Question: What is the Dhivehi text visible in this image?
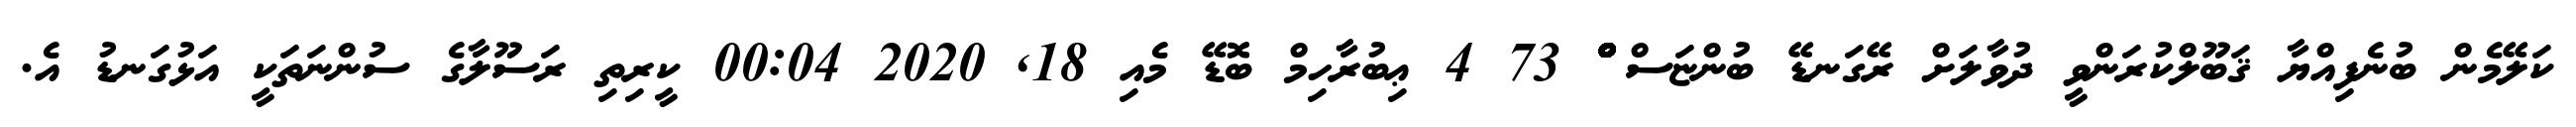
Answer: ކަލޭމެން ބުނެފިއްޔާ ޤަބޫލްކުރަންވީ ދުވާލަށް ރޭގަނޑޭ ބުންޏަސް ްްްްްްްްްްްްްްްްްްްްްްްްްްްްްްްްްްްްްްްްްްްްްްްްްްްްްްްްްް 73 4 ޢިބުރާހިމް ބޮޑޭ މެއި 18, 2020 00:04 ކީރިތި ރަސޫލާގެ ސުންނަތަކީ އަޅުގަނޑު އެ.